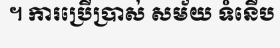
។ ការប្រើប្រាស់ សម័យ ទំនើប